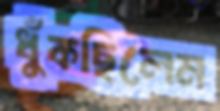
ধুঁকছিলেম